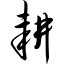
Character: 耕